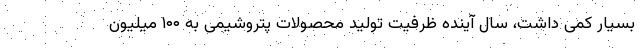
بسیار کمی داشت، سال آینده ظرفیت تولید محصولات پتروشیمی به ۱۰۰ میلیون